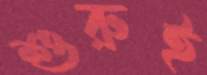
শুরুই